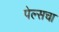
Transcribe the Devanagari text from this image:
पेल्सचा